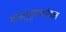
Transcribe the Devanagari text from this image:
वास्तुपुरुशमंडल